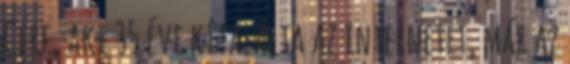
Cerf, aki 35 éve kitalálta az internetet, már az